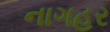
નાગહર